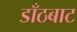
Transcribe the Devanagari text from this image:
डाँठबाट